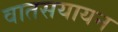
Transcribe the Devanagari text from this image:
वातसयायन